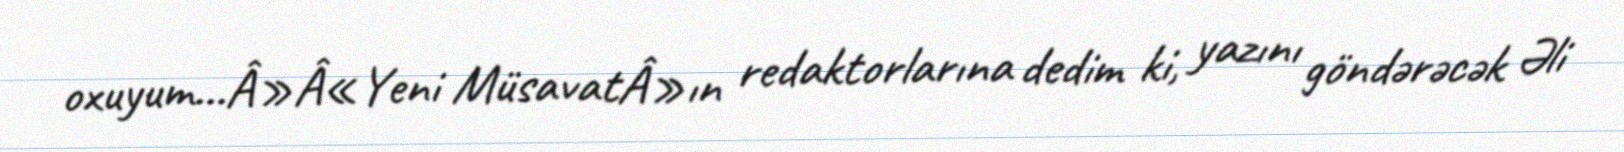
oxuyum...Â»Â«Yeni MüsavatÂ»ın redaktorlarına dedim ki, yazını göndərəcək Əli